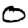
Digit: 0